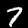
Digit: 7